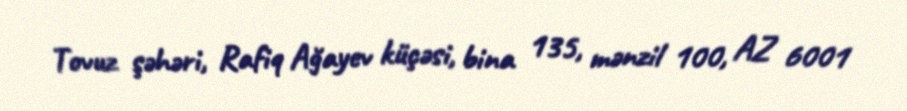
Tovuz şəhəri, Rafiq Ağayev küçəsi, bina 135, mənzil 100, AZ 6001